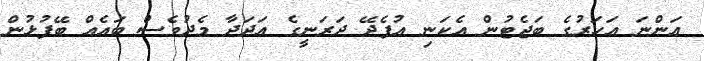
އަންނަ އަހަރުގެ ބަޖެޓުން އެކަނި އުފެދޭ ދަރަނީގެ އަދަދާ މެދުވެސް ބައެއް ބޭފުޅުން